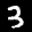
Label: 3